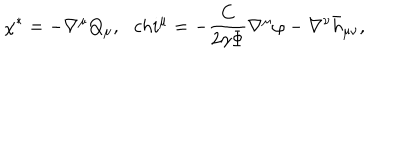
\chi ^ { * } = - \nabla ^ { \mu } Q _ { \mu } , \ \ \, c h i ^ { \mu } = - { \frac { C } { 2 \gamma \Phi } } \nabla ^ { \mu } \varphi - \nabla ^ { \nu } \bar { h } _ { \mu \nu } ,